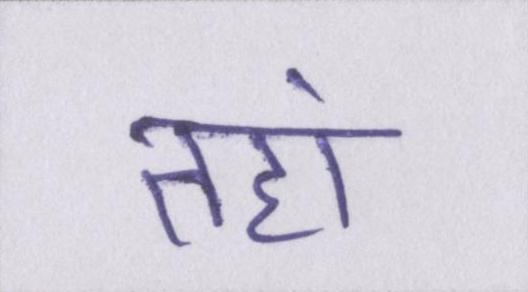
तहां